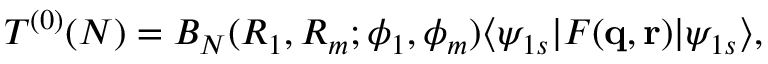
T ^ { ( 0 ) } ( N ) = B _ { N } ( R _ { 1 } , R _ { m } ; \phi _ { 1 } , \phi _ { m } ) \langle \psi _ { 1 s } | F ( \mathbf { q } , \mathbf { r } ) | \psi _ { 1 s } \rangle ,